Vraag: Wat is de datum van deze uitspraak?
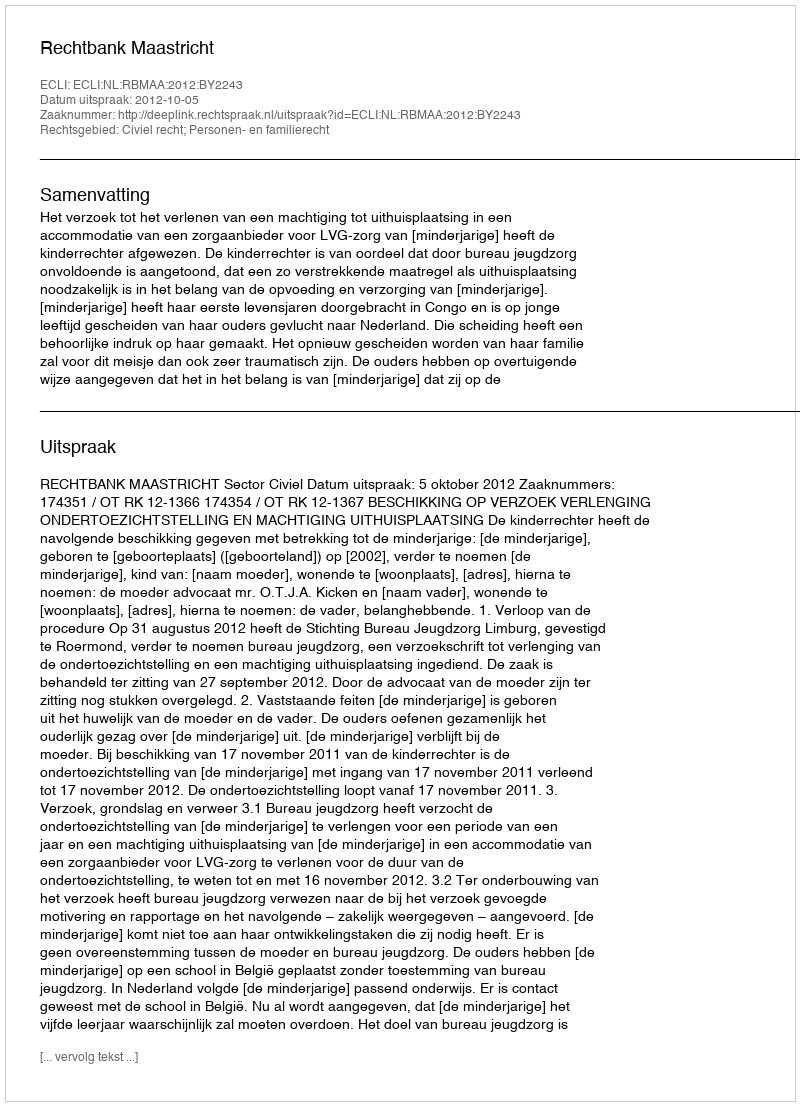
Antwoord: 2012-10-05